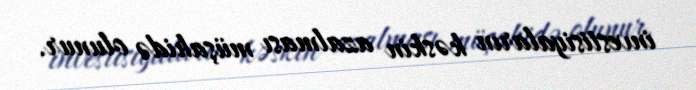
investisiyaların kəskin azalması müşahidə olunur.